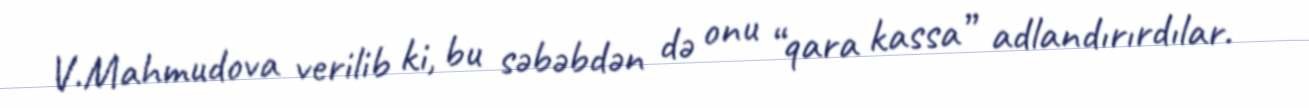
V.Mahmudova verilib ki, bu səbəbdən də onu “qara kassa” adlandırırdılar.